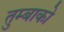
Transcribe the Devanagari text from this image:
तुम्बाको